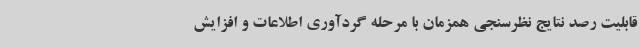
قابلیت رصد نتایج نظرسنجی همزمان با مرحله گردآوری اطلاعات و افزایش